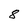
Character: 8